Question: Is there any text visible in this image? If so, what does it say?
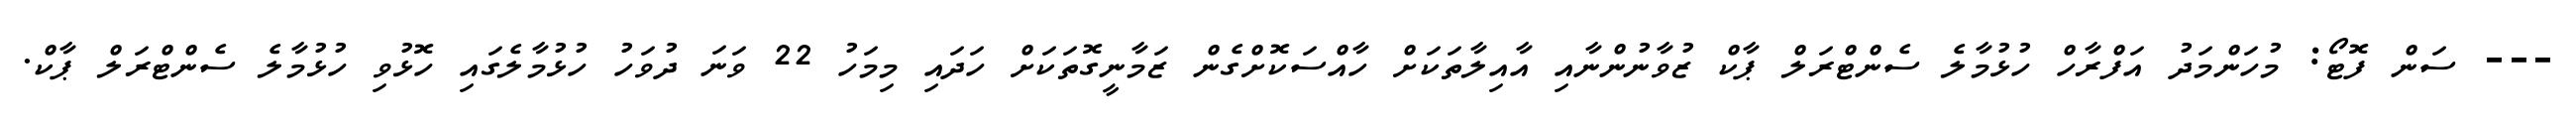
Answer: --- ސަން ފޮޓޯ: މުހަންމަދު އަފްރާހް ހުޅުމާލެ ސެންޓްރަލް ޕާކް ޒުވާނުންނާއި އާއިލާތަކަށް ހާއްސަކޮށްގެން ޒަމާނީގޮތަކަށް ހަދައި މިމަހު 22 ވަނަ ދުވަހު ހުޅުމާލެގައި ހޮޅުވި ހުޅުމާލެ ސެންޓްރަލް ޕާކް.